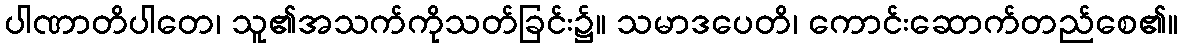
ပါဏာတိပါတေ၊ သူ၏အသက်ကိုသတ်ခြင်း၌။ သမာဒပေတိ၊ ကောင်းဆောက်တည်စေ၏။